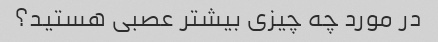
در مورد چه چیزی بیشتر عصبی هستید؟